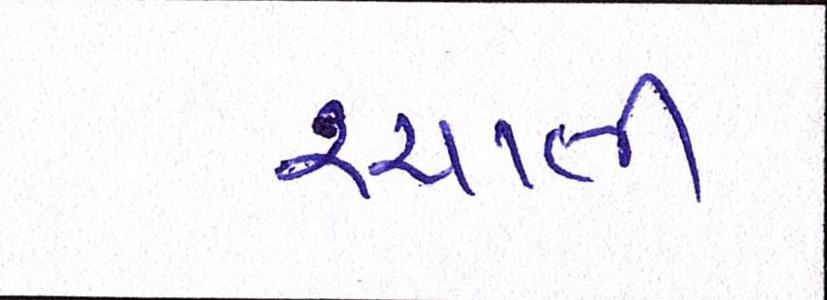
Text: રચાતી